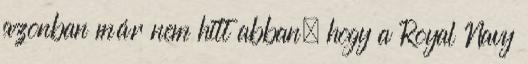
azonban már nem hitt abban, hogy a Royal Navy